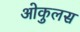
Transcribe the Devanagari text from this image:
ओकुलस